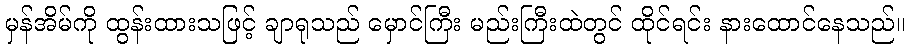
မှန်အိမ်ကို ထွန်းထားသဖြင့် ချာရုသည် မှောင်ကြီး မည်းကြီးထဲတွင် ထိုင်ရင်း နားထောင်နေသည်။